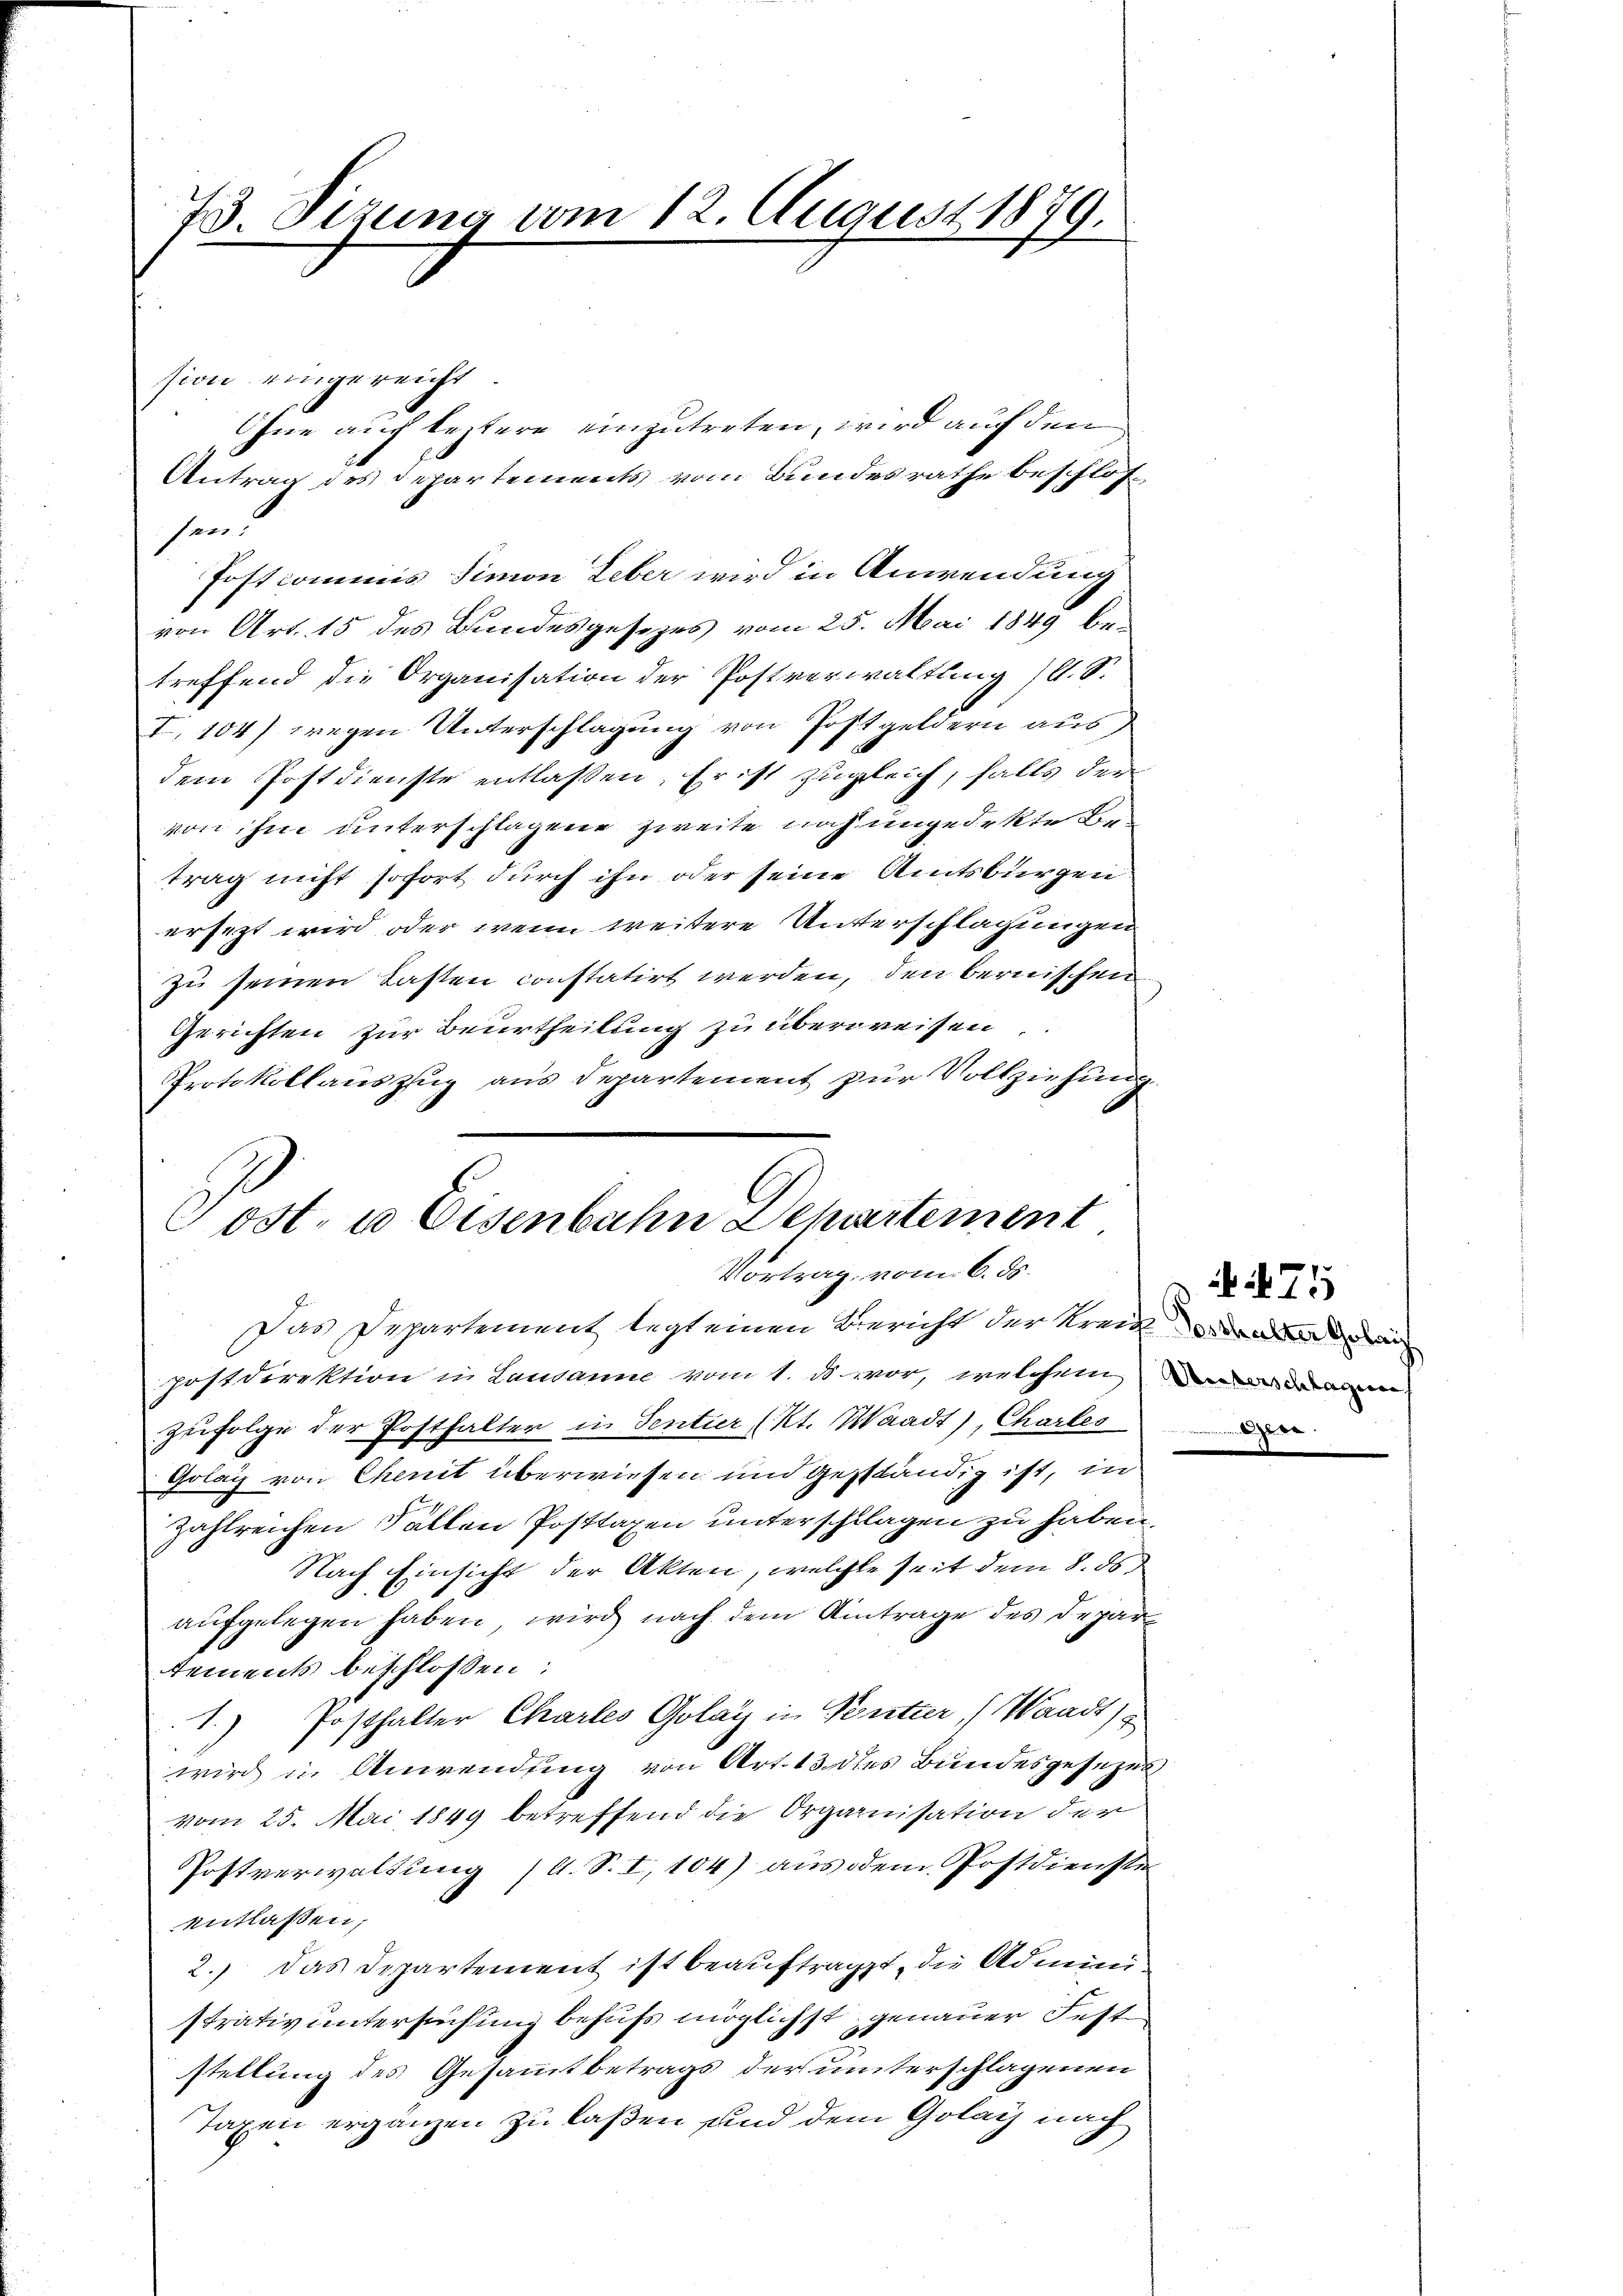
73. Sizung vom 12. August 1879.

sion eingereicht
sen.
Postcommis Simon Leber wird in Anwendung
von Art. 15 des Bundesgesezes vom 25. Mai 1849 betreffend die Organisation der Postverwaltung (s. S.
I. 104) wegen Unterschlagung von Postgeldern aus
dem Postdienste entlassen, Frist zugleich, falls der
von ihm unterschlagene Zweite noch ungedekte Betrag nicht sofort durch ihn oder seine Amtsbürgen
ersezt wird oder wenn weitere Unterschlagungen
zu seinen Lasten constatirt werden, den bernischen
Gerichten zur Beurtheilung zu überweisen
Protokollauszug aus Departement zur Vollziehung
postdirektion in Lausanne vom 1. ds. vor, welchem da
zufolge der Posthalter in Sentier (Kt. Waadt), Charles
Golag von Chenit überwiesen und geständig ist, in
zahlreichen Fällen Posttaxen unterschlagen zu haben.
Nach Einsicht der Akten, welche seit dem 8. ds
aufgelegen haben, wird nach dem Antrage des Departements beschlossen:
1.) Posthalter Chartes Golay in Ventur, (Waadt)
wird u. Anwendung von Art. 13 des Bundesgesezes
vom 25. Mai 1849 betreffend die Organisation der
Postverwaltung (s. S. I,104) aus dem Postdienste
entlassen;
2.) Das Departement ist beauftragt, die Administrativ untersuchung behufs möglichst genauer Fest
stellung des Gesammtbetrags der unterschlagenen
Taxen ergänzen zu laßen und dem Golaiz nach

Ohne auch leztere einzutreten, wird auf den
Antrag des Departements vom Bundesrathe beschlos¬

Post- u Eisenbahn Departement
Vortrag, vom 6. ds.
Das Departement legt einen Bericht der Kreis der

475
nimum Aber de